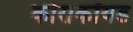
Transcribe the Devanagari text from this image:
कोराकॉयड